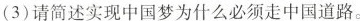
(3)请简述实现中国梦为什么必须走中国道路。